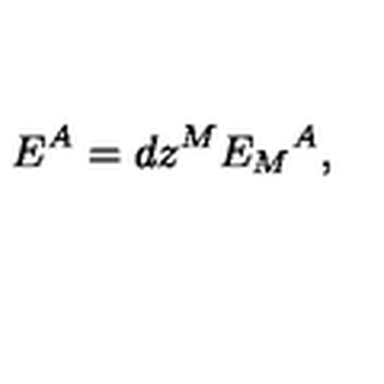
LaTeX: E ^ { A } = d z ^ { M } { { E _ { M } } ^ { A } } ,